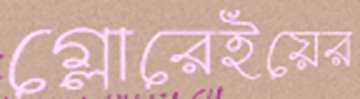
গ্লোরেইয়ের